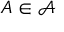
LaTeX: A \in { \mathcal { A } }